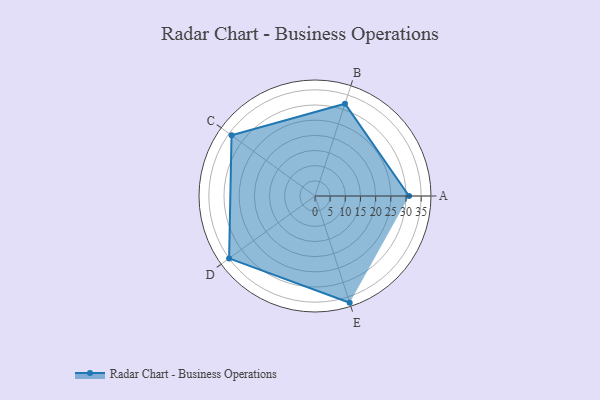
{"axis": {"x": "Skill", "y": "Score"}, "legend": ["Profile"], "data": [{"x": "A", "y": 31.0, "type": "Profile"}, {"x": "B", "y": 32.0, "type": "Profile"}, {"x": "C", "y": 34.0, "type": "Profile"}, {"x": "D", "y": 35.0, "type": "Profile"}, {"x": "E", "y": 37.0, "type": "Profile"}]}